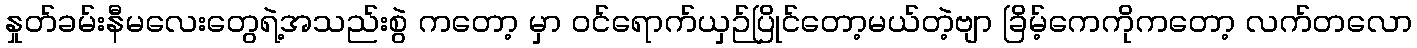
နှုတ်ခမ်းနီမလေးတွေရဲ့အသည်းစွဲ ကတော့ မှာ ဝင်ရောက်ယှဉ်ပြိုင်တော့မယ်တဲ့ဗျာ ခြိမ့်ကေကိုကတော့ လက်တလော